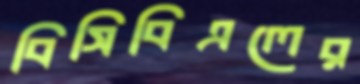
বিসিবিএলের